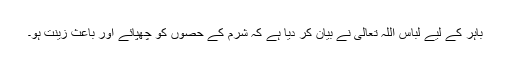
باہر کے لیے لباس اللہ تعالیٰ نے بیان کر دیا ہے کہ شرم کے حصوں کو چھپائے اور باعث زینت ہو۔